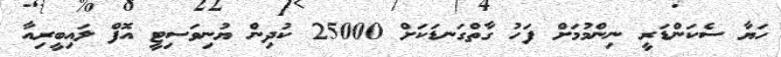
ހަޔާ ސެކަންޑަރީ ނިންމުމަށް ފަހު ގާތްގަނޑަކަށް 25000 ކުދިން ޔުނިވަސިޓީ އޮފް ލައިބީރިއާ